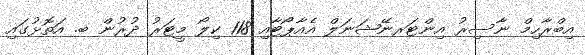
އިބްރާހިމް ނާސިރު އިންޓަރނޭޝަނަލް އެއާޕޯޓާއި 118 ކިލޯ މީޓަރު ދުރުން ބ. އަތޮޅުގައި